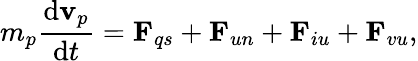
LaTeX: m_{p}\frac{\mathrm{d}\mathbf{v}_{p}}{\mathrm{d}t}=\mathbf{F}_{qs}+\mathbf{F}_{un}+\mathbf{F}_{iu}+\mathbf{F}_{vu},